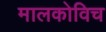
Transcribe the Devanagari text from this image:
मालकोविच